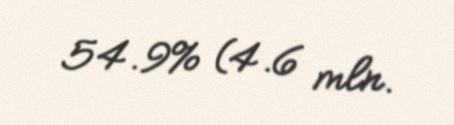
54.9% (4.6 mln.